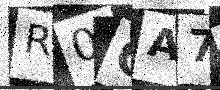
Text: R0OA7G